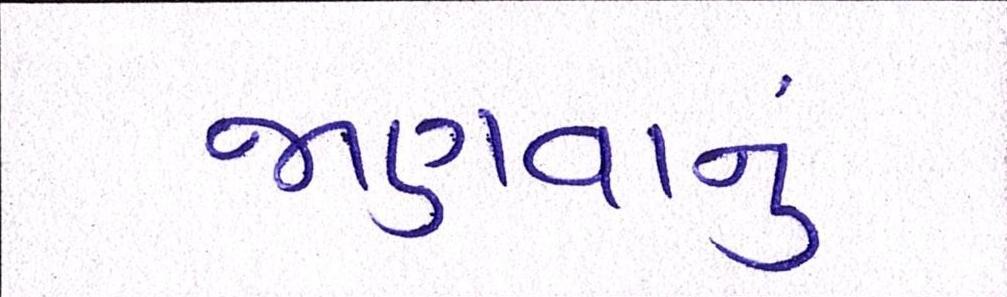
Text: જાણવાનું